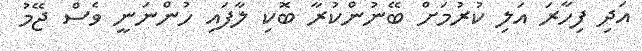
އަދި ފިހާރަ އަލި ކުރުމަށް ބޭނުންކުރާ ބޮކި ލާފައި ހުންނަނީ ވެސް ޖޭމު